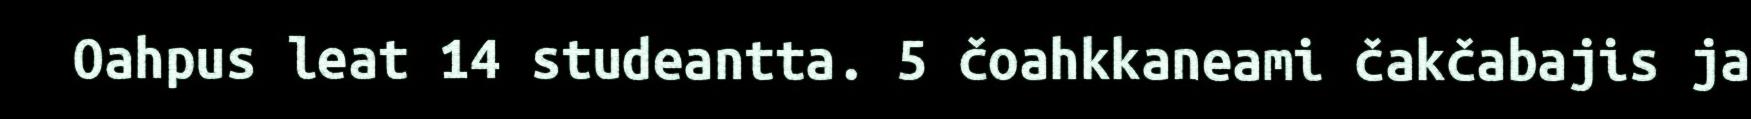
Oahpus leat 14 studeantta. 5 čoahkkaneami čakčabajis ja